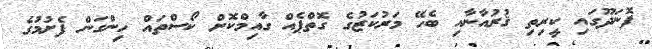
ފޮނަދޫގައި ކީރިތި ޤުރުއާނާއި ބެހޭ މަރުކަޒުގެ ގޮތްޕެއް ގާއިމްކޮށް ކޯސްތައް ހިންގަން ފެށުމުގެ